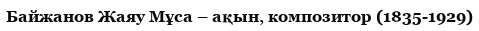
Байжанов Жаяу Мұса – ақын, композитор (1835-1929)